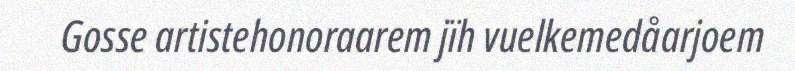
Gosse artistehonoraarem jïh vuelkemedåarjoem